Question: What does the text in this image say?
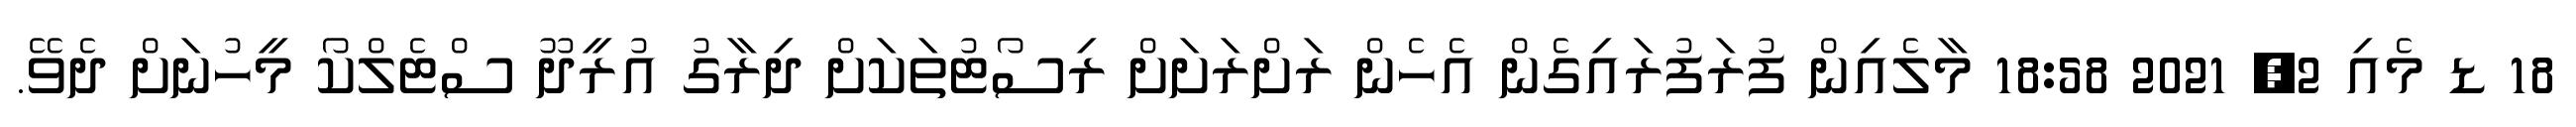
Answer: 18 ޑ މެއި 2, 2021 18:58 މާލެއިން ފުރަފުރައިގެން އެހެން ރަށްރަށަށް ރިސޯޓުތަކަށް ދިރާގު އުރީދޫ ސްޓެލްކޯ މީހުނަށް ދެވޭ.